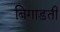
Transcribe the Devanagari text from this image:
बिगाड़ती